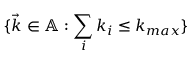
\{ \Vec { k } \in \mathbb { A } : \sum _ { i } k _ { i } \leq k _ { m a x } \}